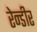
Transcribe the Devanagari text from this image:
रेन्डीर